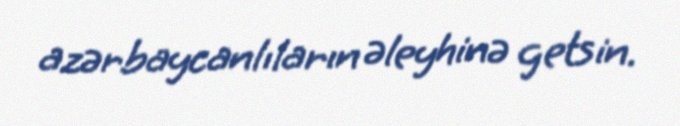
azərbaycanlıların əleyhinə getsin.